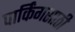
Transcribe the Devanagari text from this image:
पार्किंगसाठी